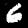
Label: 6